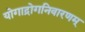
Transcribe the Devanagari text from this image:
योगाद्रोगनिवारणम्